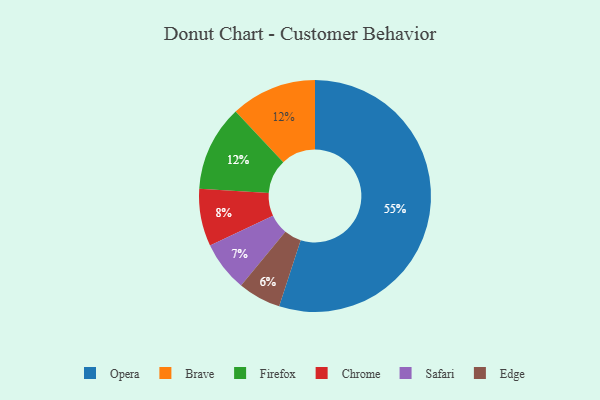
{"axis": {"x": "Category", "y": "Percentage"}, "legend": ["Brave", "Chrome", "Edge", "Firefox", "Opera", "Safari"], "data": [{"x": "Safari", "y": 7, "type": "Safari"}, {"x": "Edge", "y": 6, "type": "Edge"}, {"x": "Opera", "y": 55, "type": "Opera"}, {"x": "Chrome", "y": 8, "type": "Chrome"}, {"x": "Brave", "y": 12, "type": "Brave"}, {"x": "Firefox", "y": 12, "type": "Firefox"}]}